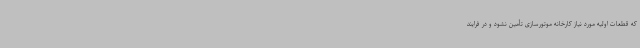
که قطعات اولیه مورد نیاز کارخانه موتورسازی تأمین نشود و در فرایند